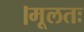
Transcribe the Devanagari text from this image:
।मूलतः